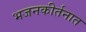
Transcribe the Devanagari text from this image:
भजनकीर्तनात